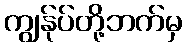
ကျွန်ုပ်တို့ဘက်မှ